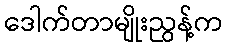
ဒေါက်တာမျိုးညွန့်က